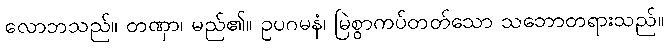
လောဘသည်။ တဏှာ၊ မည်၏။ ဥပဂမနံ၊ မြဲစွာကပ်တတ်သော သဘောတရားသည်။